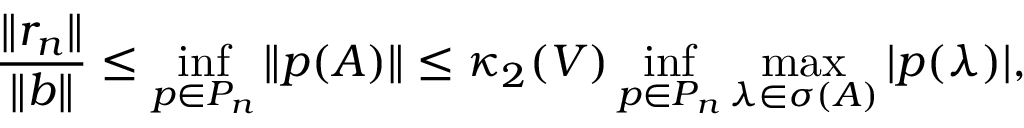
{ \frac { \| r _ { n } \| } { \| b \| } } \leq \operatorname* { i n f } _ { p \in P _ { n } } \| p ( A ) \| \leq \kappa _ { 2 } ( V ) \operatorname* { i n f } _ { p \in P _ { n } } \operatorname* { m a x } _ { \lambda \in \sigma ( A ) } | p ( \lambda ) | ,